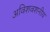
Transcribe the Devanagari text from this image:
अविशवशनीय